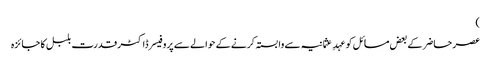
)
عصر حاضر کے بعض مسائل کو عہدِ عثمانیہ سے وابستہ کرنے کے حوالے سے پروفیسر ڈاکٹر قدرت بلبل کا جائزہ